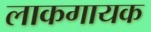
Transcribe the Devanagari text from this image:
लाकगायक